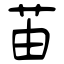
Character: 苖